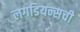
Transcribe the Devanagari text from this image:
लगडियन्सची